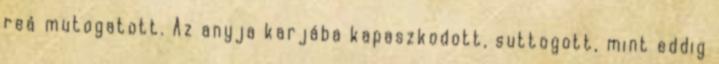
reá mutogatott. Az anyja karjába kapaszkodott, suttogott, mint eddig